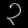
Digit: ၃